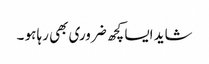
شاید ایسا کچھ ضروری بھی رہا ہو ۔